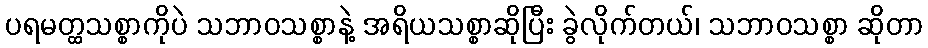
ပရမတ္ထသစ္စာကိုပဲ သဘာဝသစ္စာနဲ့ အရိယသစ္စာဆိုပြီး ခွဲလိုက်တယ်၊ သဘာဝသစ္စာ ဆိုတာ